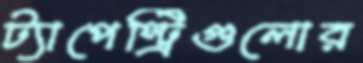
ট্যাপেস্ট্রিগুলোর